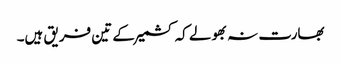
بھارت نہ بھولے کہ کشمیر کے تین فریق ہیں۔